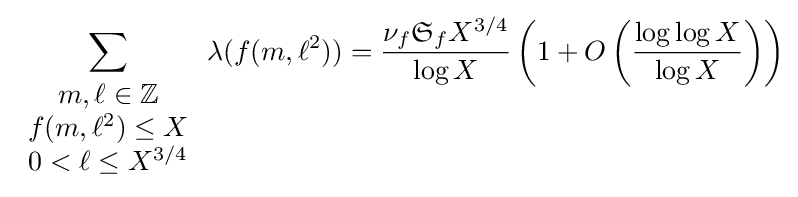
\sum _{\begin{array}{c}m,\ell \in \mathbb {Z} \\f(m,\ell ^{2})\leq X\\0<\ell \leq X^{3/4}\end{array}}\lambda (f(m,\ell ^{2}))={\frac {\nu _{f}{\mathfrak {S}}_{f}X^{3/4}}{\log X}}\left(1+O\left({\frac {\log \log X}{\log X}}\right)\right)